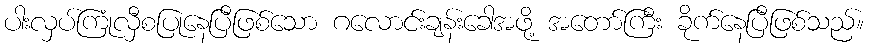
ပါးလှပ်ကြုံလှီစပြုနေပြီဖြစ်သော ဂလောင်းချန်းခေါအဖို့ အတော်ကြီး ခိုက်နေပြီဖြစ်သည်။